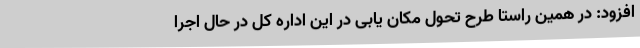
افزود: در همین راستا طرح تحول مکان یابی در این اداره کل در حال اجرا